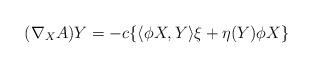
LaTeX: \begin{align*}(\nabla_XA)Y=-c\{\langle\phi X,Y\rangle\xi+\eta(Y)\phi X\}\end{align*}